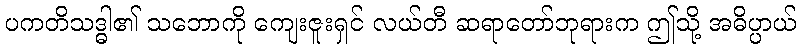
ပကတိသဒ္ဓါ၏ သဘောကို ကျေးဇူးရှင် လယ်တီ ဆရာတော်ဘုရားက ဤသို့ အဓိပ္ပာယ်